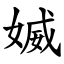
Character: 媙